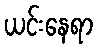
ယင်းနေရာ